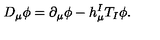
D _ { \mu } \phi = \partial _ { \mu } \phi - h _ { \mu } ^ { I } T _ { I } \phi .